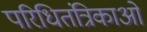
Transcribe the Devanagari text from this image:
परिधितंत्रिकाओं